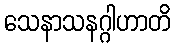
သေနာသနဂ္ဂါဟာတိ